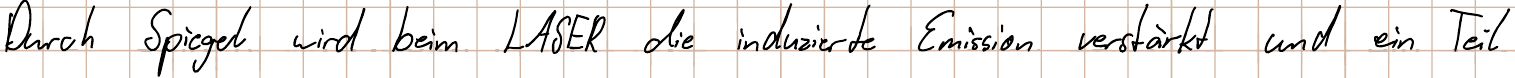
Durch Spiegel wird beim LASER die induzierte Emission verstärkt und ein Teil